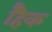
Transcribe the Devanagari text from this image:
हैिक